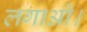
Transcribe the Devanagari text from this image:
लगाओ।